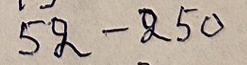
52 - 250